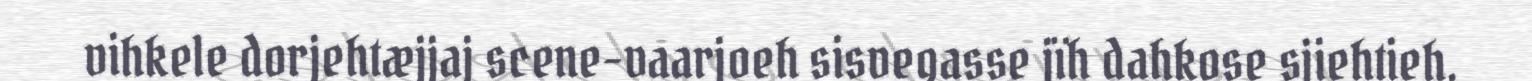
vihkele dorjehtæjjaj scene-vaarjoeh sisvegasse jïh dahkose sjiehtieh.